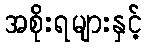
အစိုးရများနှင့်